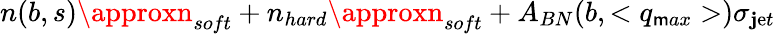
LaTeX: n(b,s)\approxn_{soft}+n_{hard}\approxn_{soft}+A_{BN}(b,<q_{\mathsf{m}ax}>)\sigma_{\mathbf{j}\mathrm{e}t}